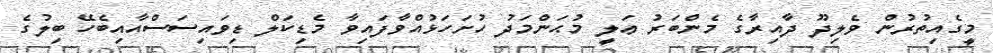
މީގެއިތުރުން ވެލިދޫ ދާއިރާގެ މެންބަރު ޢަލީ މުޙަންމަދު ހުށަހަޅުއްވާފައިވާ މެޑިކަލް ޑިވައިސަސްއާއިބެހޭ ބިލުގެ